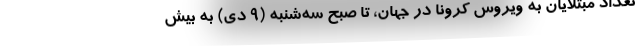
تعداد مبتلایان به ویروس کرونا در جهان، تا صبح سه‌شنبه (۹ دی) به بیش